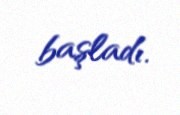
başladı.